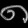
Digit: ၈